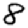
Digit: 8